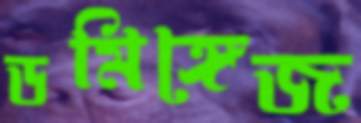
ডমিঙ্গেজ